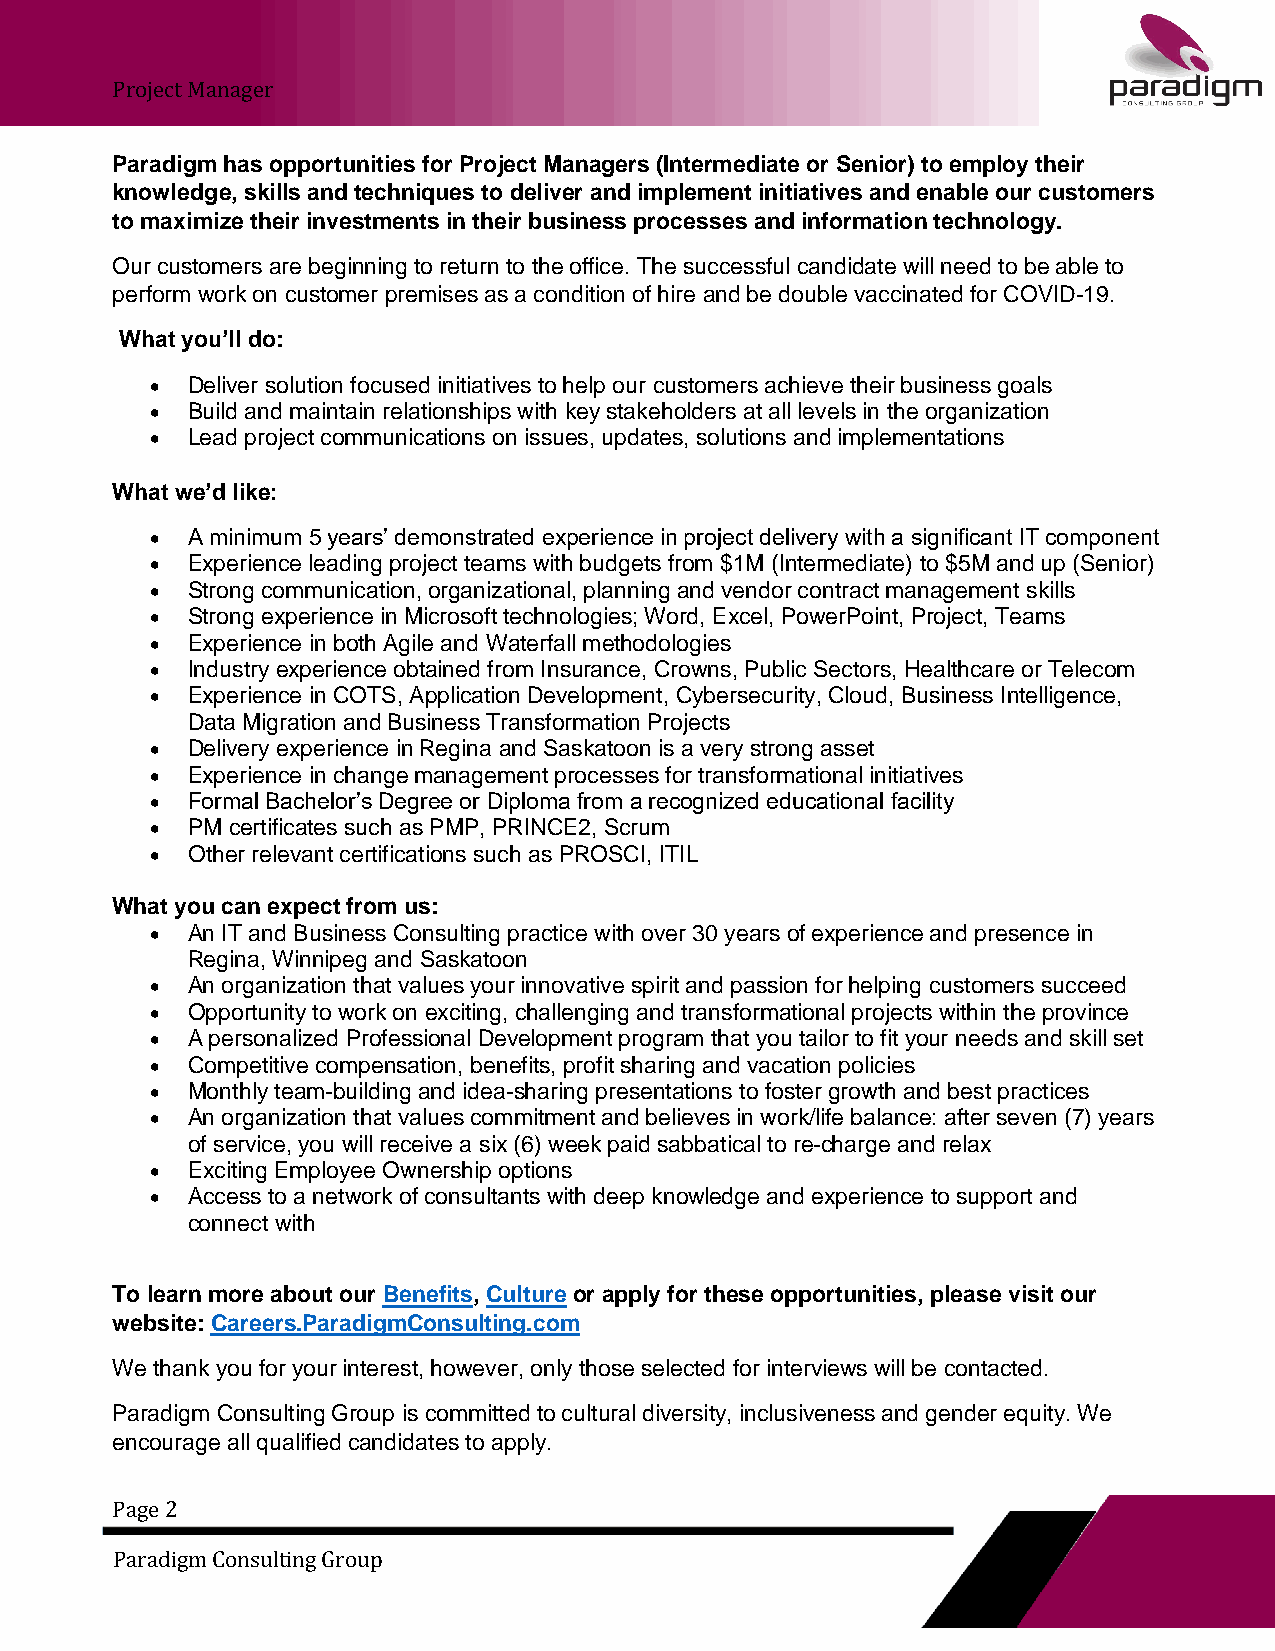
Project Manager
 Paradigm has opportunities for Project Managers (Intermediate or Senior) to employ their
 knowledge, skills and techniques to deliver and implement initiatives and enable our customers
 to maximize their investments in their business processes and information technology.
 Our customers are beginning to return to the office. The successful candidate will need to be able to
 perform work on customer premises as a condition of hire and be double vaccinated for COVID-19.
 What you’ll do:
 • Deliver solution focused initiatives to help our customers achieve their business goals
 • Build and maintain relationships with key stakeholders at all levels in the organization
 • Lead project communications on issues, updates, solutions and implementations
 What we’d like:
 • A minimum 5 years’ demonstrated experience in project delivery with a significant IT component
 • Experience leading project teams with budgets from $1M (Intermediate) to $5M and up (Senior)
 • Strong communication, organizational, planning and vendor contract management skills
 • Strong experience in Microsoft technologies; Word, Excel, PowerPoint, Project, Teams
 • Experience in both Agile and Waterfall methodologies
 • Industry experience obtained from Insurance, Crowns, Public Sectors, Healthcare or Telecom
 • Experience in COTS, Application Development, Cybersecurity, Cloud, Business Intelligence,
 Data Migration and Business Transformation Projects
 • Delivery experience in Regina and Saskatoon is a very strong asset
 • Experience in change management processes for transformational initiatives
 • Formal Bachelor’s Degree or Diploma from a recognized educational facility
 • PM certificates such as PMP, PRINCE2, Scrum
 • Other relevant certifications such as PROSCI, ITIL
 What you can expect from us:
 • An IT and Business Consulting practice with over 30 years of experience and presence in
 Regina, Winnipeg and Saskatoon
 • An organization that values your innovative spirit and passion for helping customers succeed
 • Opportunity to work on exciting, challenging and transformational projects within the province
 • A personalized Professional Development program that you tailor to fit your needs and skill set
 • Competitive compensation, benefits, profit sharing and vacation policies
 • Monthly team-building and idea-sharing presentations to foster growth and best practices
 • An organization that values commitment and believes in work/life balance: after seven (7) years
 of service, you will receive a six (6) week paid sabbatical to re-charge and relax
 • Exciting Employee Ownership options
 • Access to a network of consultants with deep knowledge and experience to support and
 connect with
 To learn more about our Benefits, Culture or apply for these opportunities, please visit our
 website: Careers.ParadigmConsulting.com
 We thank you for your interest, however, only those selected for interviews will be contacted.
 Paradigm Consulting Group is committed to cultural diversity, inclusiveness and gender equity. We
 encourage all qualified candidates to apply.
 Page 2
 Paradigm Consulting Group